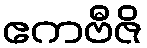
ဧကဗီဇိ